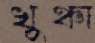
খুঞ্চা